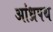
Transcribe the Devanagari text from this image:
आंध्रपथ